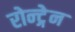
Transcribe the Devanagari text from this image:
रोन्ट्गेेन